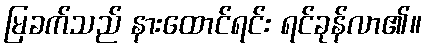
မြခက်သည် နားထောင်ရင်း ရင်ခုန်လာ၏။